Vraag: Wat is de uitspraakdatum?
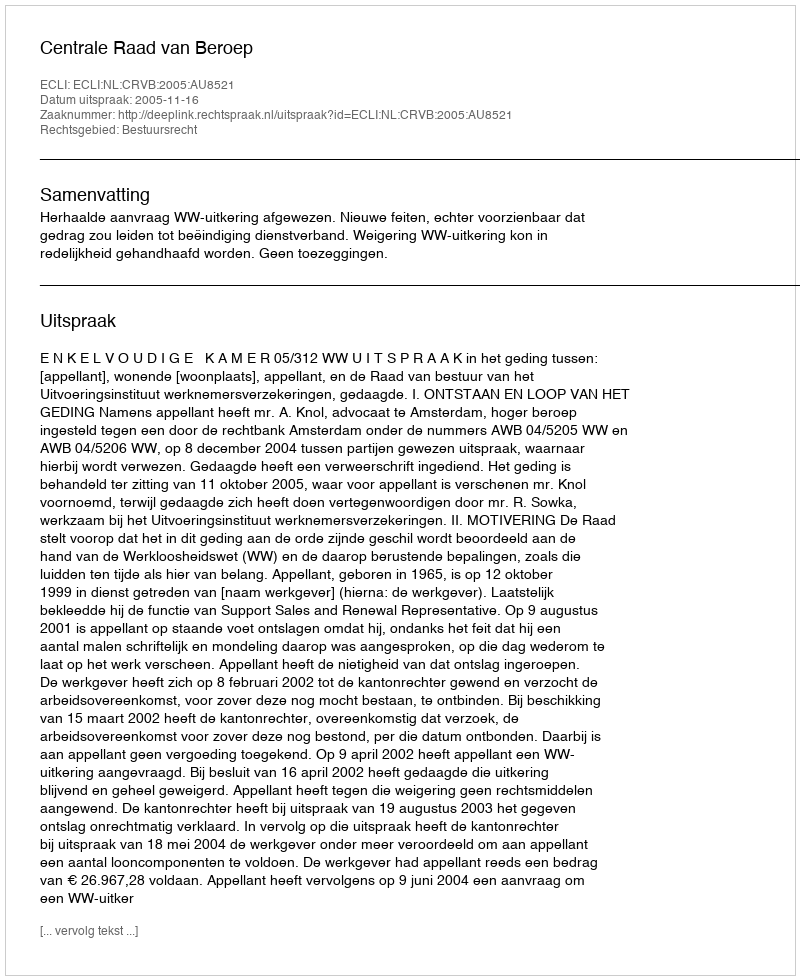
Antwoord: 2005-11-16